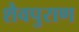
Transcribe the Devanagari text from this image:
शैवपुराण